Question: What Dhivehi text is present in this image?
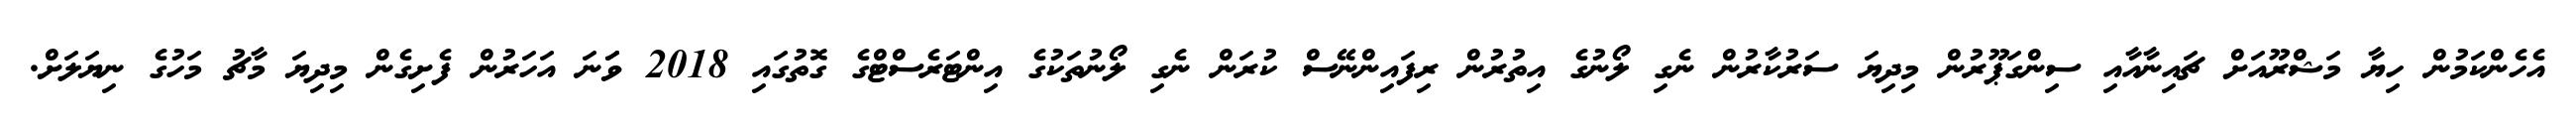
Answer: އެހެންކަމުން ހިޔާ މަޝްރޫއަށް ޗައިނާއާއި ސިންގަޕޫރުން މިދިޔަ ސަރުކާރުން ނެގި ލޯނުގެ އިތުރުން ރިފައިންނޭސް ކުރަން ނެގި ލޯނުތަކުގެ އިންޓަރެސްޓްގެ ގޮތުގައި 2018 ވަަނަ އަހަރުން ފެށިގެން މިދިޔަ މާޗު މަހުގެ ނިޔަލަށް.